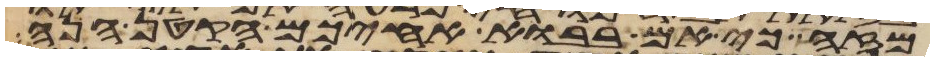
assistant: מזה כי אם בבוא אחיכם הקטן הנה